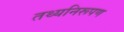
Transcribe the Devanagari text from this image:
तथ्यनिरूपण